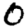
Digit: 0